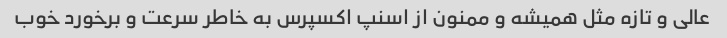
عالی و تازه مثل همیشه و ممنون از اسنپ اکسپرس به خاطر سرعت و برخورد خوب